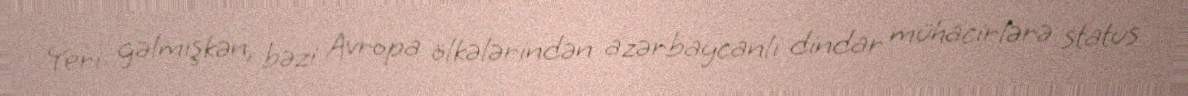
Yeri gəlmişkən, bəzi Avropa ölkələrindən azərbaycanlı dindar mühacirlərə status